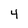
Character: 4